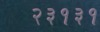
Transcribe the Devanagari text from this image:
२३१३१